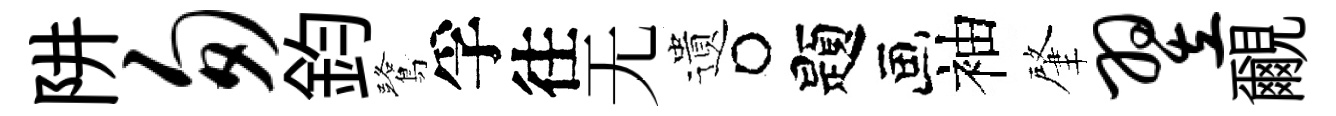
阱匆鈞鷺孚往无遺题袖肇翌覼